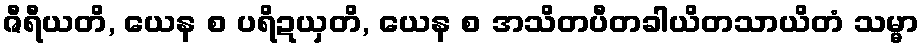
ဇီရီယတိ, ယေန စ ပရိဍယှတိ, ယေန စ အသိတပီတခါယိတသာယိတံ သမ္မာ